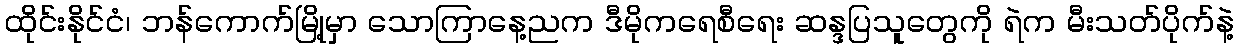
ထိုင်းနိုင်ငံ၊ ဘန်ကောက်မြို့မှာ သောကြာနေ့ညက ဒီမိုကရေစီရေး ဆန္ဒပြသူတွေကို ရဲက မီးသတ်ပိုက်နဲ့